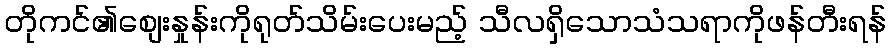
တိုကင်၏စျေးနှုန်းကိုရုတ်သိမ်းပေးမည့် သီလရှိသောသံသရာကိုဖန်တီးရန်